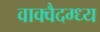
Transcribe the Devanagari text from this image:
वाक्वैदग्ध्य